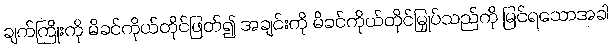
ချက်ကြိုးကို မိခင်ကိုယ်တိုင်ဖြတ်၍ အချင်းကို မိခင်ကိုယ်တိုင်မြှုပ်သည်ကို မြင်ရသောအခါ